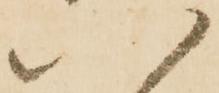
八